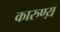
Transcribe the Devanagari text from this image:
कारुण्य़